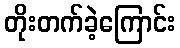
တိုးတက်ခဲ့ကြောင်း